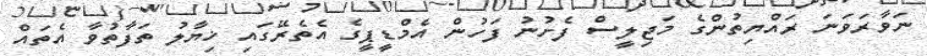
ނަވާރަވަނަ ރައްޔިތުންގެ މަޖިލީސް ފެށުނު ފަހުން އެމްޑީޕީގެ އެތެރޭގައި ޚިޔާލު ތަފާތުވާ އެތައް